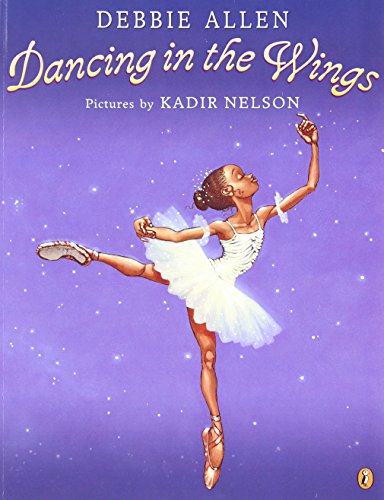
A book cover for Dancing in the Wings; Debbie Allen; Children's Books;